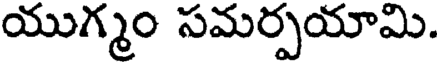
యుగ్మం సమర్పయామి.